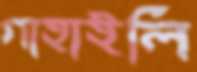
গাহাইলি